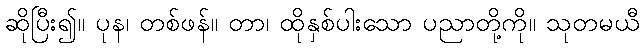
ဆိုပြီး၍။ ပုန၊ တစ်ဖန်။ တာ၊ ထိုနှစ်ပါးသော ပညာတို့ကို။ သုတမယီ